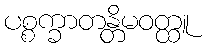
ပစ္စက္ခာတန္တိမဝတ္ထူ